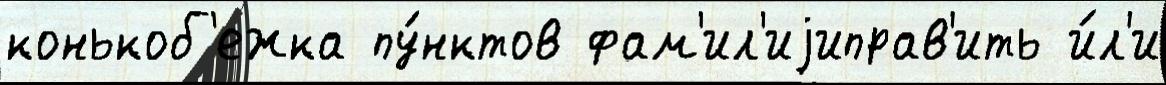
конькоб'ежка пу́нктов фам'ил'иjиправ'ить и́л'и